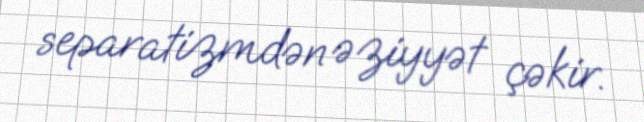
separatizmdən əziyyət çəkir.